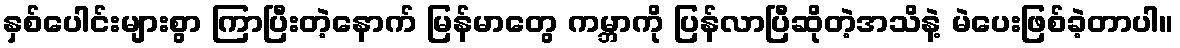
နှစ်ပေါင်းများစွာ ကြာပြီးတဲ့နောက် မြန်မာတွေ ကမ္ဘာကို ပြန်လာပြီဆိုတဲ့အသိနဲ့ မဲပေးဖြစ်ခဲ့တာပါ။